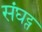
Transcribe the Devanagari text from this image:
संघट्त